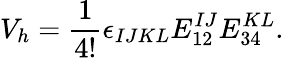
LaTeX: V_{h}={\frac{1}{4!}}\epsilon_{IJKL}E_{12}^{IJ}E_{34}^{KL}.